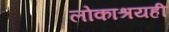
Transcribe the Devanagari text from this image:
लोकाश्रयही